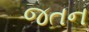
જતન